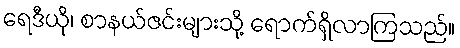
ရေဒီယို၊ စာနယ်ဇင်းများသို့ ရောက်ရှိလာကြသည်။